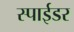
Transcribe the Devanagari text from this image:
स्पाईडर